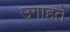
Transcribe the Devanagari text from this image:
उगाहते